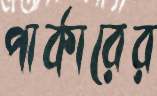
পার্কারের